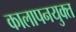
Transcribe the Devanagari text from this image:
कालापनयुक्त